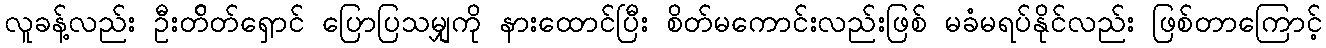
လူခန့်လည်း ဦးတ်ိတ်ရှောင် ပြောပြသမျှကို နားထောင်ပြီး စိတ်မကောင်းလည်းဖြစ် မခံမရပ်နိုင်လည်း ဖြစ်တာကြောင့်